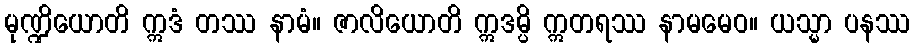
မုဏ္ဍိယောတိ ဣဒံ တဿ နာမံ။ ဇာလိယောတိ ဣဒမ္ပိ ဣတရဿ နာမမေဝ။ ယသ္မာ ပနဿ